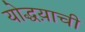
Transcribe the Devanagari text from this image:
योद्धय़ाची